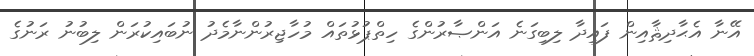
އޭނާ އެޙާދިޘާއިން ފައިދާ ލިބިގަނެ އަންޞާރުންގެ ހިތްޕުޅުތައް މުހާޖިރުންނާމެދު ނުބައިކުރަން ލިބުނު ރަނުގެ